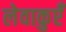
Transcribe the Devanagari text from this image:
लेवाकुएँ